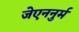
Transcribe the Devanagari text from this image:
जेएननुर्म